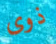
ذوى